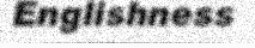
Englishness